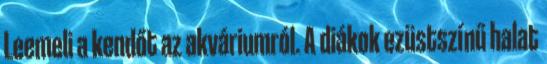
Leemeli a kendőt az akváriumról. A diákok ezüstszínű halat